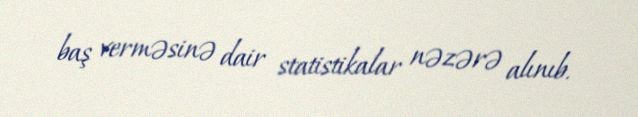
baş verməsinə dair statistikalar nəzərə alınıb.